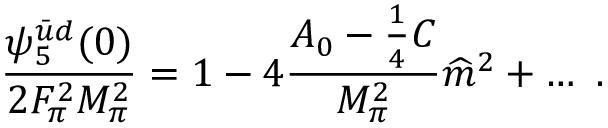
\frac { \psi _ { 5 } ^ { \bar { u } d } ( 0 ) } { 2 F _ { \pi } ^ { 2 } M _ { \pi } ^ { 2 } } = 1 - 4 \frac { A _ { 0 } - \frac { 1 } { 4 } C } { M _ { \pi } ^ { 2 } } \widehat m ^ { 2 } + \ldots \ .